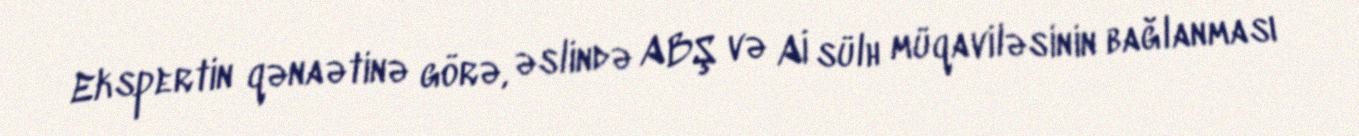
Ekspertin qənaətinə görə, əslində ABŞ və Aİ sülh müqaviləsinin bağlanması